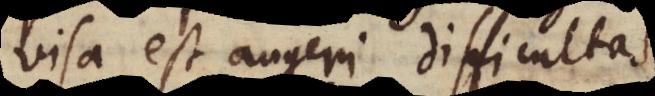
visa est augeri difficultas,